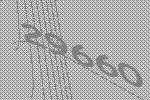
29660